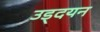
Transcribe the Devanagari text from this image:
उड्दयन